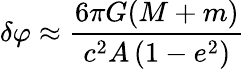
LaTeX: \delta\varphi\approx{\frac{6\pi G(M+m)}{c^{2}A\left(1-e^{2}\right)}}